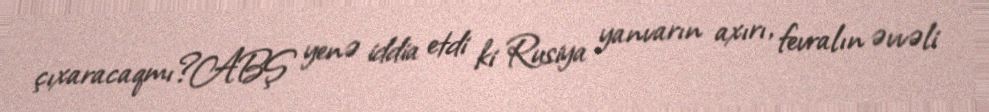
çıxaracaqmı?ABŞ yenə iddia etdi ki Rusiya yanvarın axırı, fevralın əvvəli